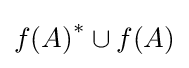
{f(A)}^{*}\cup f(A)